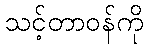
သင့်တာဝန်ကို